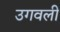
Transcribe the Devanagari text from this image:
उगवली